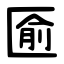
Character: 匬